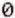
0